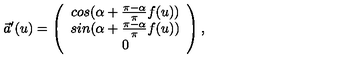
\vec { a } ^ { \prime } ( u ) = \left( \begin{array} { c } { c o s ( \alpha + \frac { \pi - \alpha } { \pi } f ( u ) ) } \\ { s i n ( \alpha + \frac { \pi - \alpha } { \pi } f ( u ) ) } \\ { 0 } \\ \end{array} \right) ,